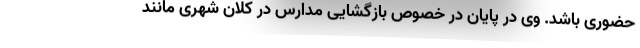
حضوری باشد. وی در پایان در خصوص بازگشایی مدارس در کلان شهری مانند